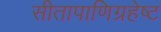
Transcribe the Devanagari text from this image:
सीतापाणिग्रहेष्ट